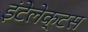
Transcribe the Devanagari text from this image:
इंटेलेक्टस